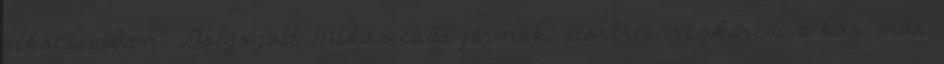
alkotásaiban. Dolgozott Miksa császárnak; portréi, rézkarcai a kor más